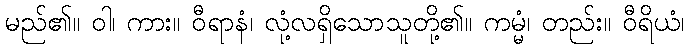
မည်၏။ ဝါ၊ ကား။ ဝီရာနံ၊ လုံ့လရှိသောသူတို့၏။ ကမ္မံ၊ တည်း။ ဝီရိယံ၊